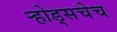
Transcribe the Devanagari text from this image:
ऱ्होड्सचेच